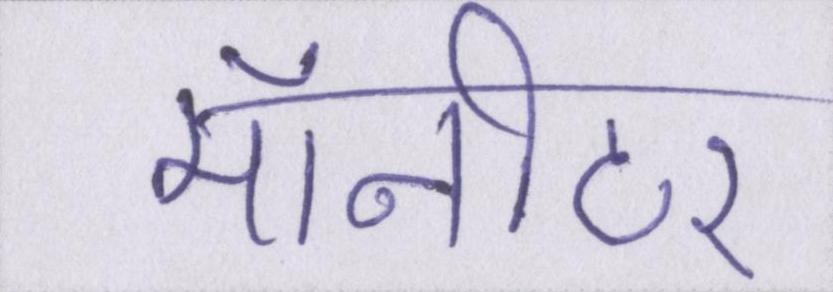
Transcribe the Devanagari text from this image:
मॉनीटर